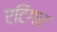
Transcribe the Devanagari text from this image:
एटिंगर